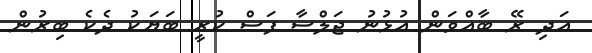
އަދި ރޭ ބާއްވަން އުޅުނު ޖަލްސާ ފަސް ކުރީ ބަޔަކު ދެކެ ބިރުން